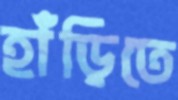
হাঁড়িতে